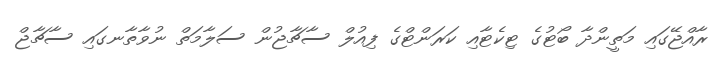
ރާއްޖޭގައި މަތީންދާ ބޯޓުގެ ޓިކެޓާއި ކަރަންޓްގެ ފިއުލް ސާޗާޖުން ސަލާމަތް ނުވާތާނގައި ސާޗާޖް